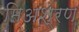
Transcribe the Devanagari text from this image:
मिअश्रण